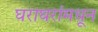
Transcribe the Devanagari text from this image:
घराघरांमधून